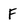
Character: F